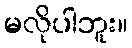
မလိုပါဘူး။